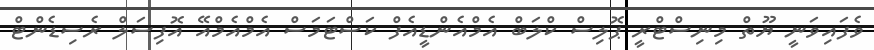
ވެފައިވަނީ ޔޫތް މިނިސްޓްރީ ޕޮލިސް ކްލަބް އެމްއެންޑީއެެފް ކަސްޓަމަސް އެމްއެމްއޭ އޮފިސަލް ރެސިޑެންޓް